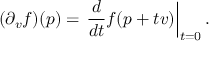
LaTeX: ( \partial _ { v } f ) ( p ) = \left. { \frac { d } { d t } } f ( p + t v ) \right| _ { t = 0 } .